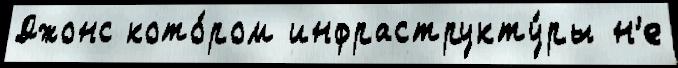
Джонс кото́ром инфраструкту́ры н'е